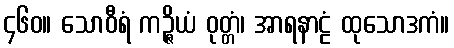
၄၆၀။ သောဝီရံ ကဉ္ဇိယံ ဝုတ္တံ၊ အာရနာဠံ ထုသောဒကံ။